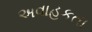
અવાહકતા